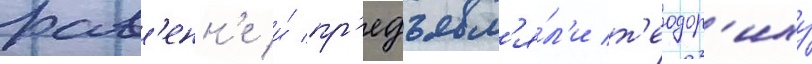
рав'енн'е и́ пр'едъявл'я́л'и т'еодор'иху